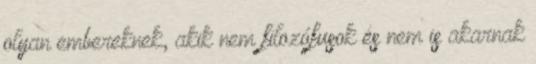
olyan embereknek, akik nem filozófusok és nem is akarnak